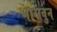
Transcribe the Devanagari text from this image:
भासवुन